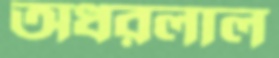
অধরলাল